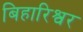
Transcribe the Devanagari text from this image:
बिहारिश्वर